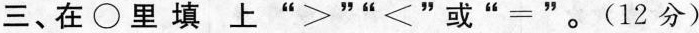
三、在 \bigcirc 里 填 上 ”>””<”或”=”。(12分)